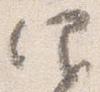
仰